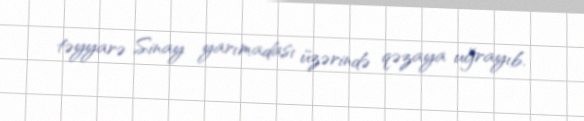
təyyarə Sinay yarımadası üzərində qəzaya uğrayıb.